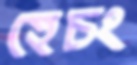
হেচং